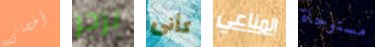
أخصائي برجر كأنى المناعي مستوحاة